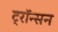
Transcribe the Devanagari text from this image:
ट्रॉन्सन